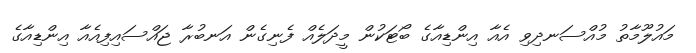
މައުލޫމާތު މުއްސަނދިވި އެއާ އިންޑިއާގެ ބޯޓަކުން މީދަލެއް ފެނިގެން އަނބުރާ ޖައްސައިފިއެއާ އިންޑިއާގެ